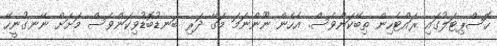
ހޮސްޕިޓަލުގައި ރައްޓެހިން ތިބޭކަންވެސް. އެހެން ނޫންނަމަ މަގޭ ދަރި ބަނޑުބޮޑުވިކަންވެސް މަށަށް ނޭނގުނީހޭ